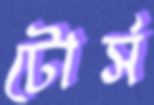
টোর্স